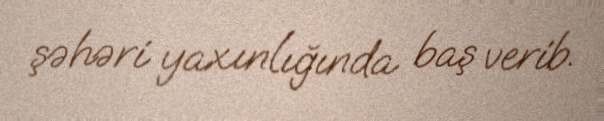
şəhəri yaxınlığında baş verib.